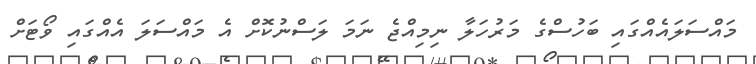
މައްސަލައެއްގައި ބަހުސްގެ މަރުހަލާ ނިމިއްޖެ ނަމަ ލަސްނުކޮށް އެ މައްސަލަ އެއްގައި ވޯޓަށް